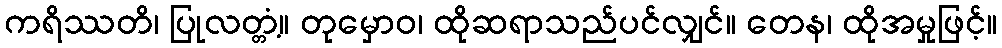
ကရိဿတိ၊ ပြုလတ္တံ့။ တုမှောဝ၊ ထိုဆရာသည်ပင်လျှင်။ တေန၊ ထိုအမှုဖြင့်။